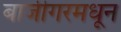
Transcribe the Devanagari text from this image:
बाजीगरमधून